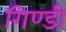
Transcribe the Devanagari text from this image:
गिण्डी